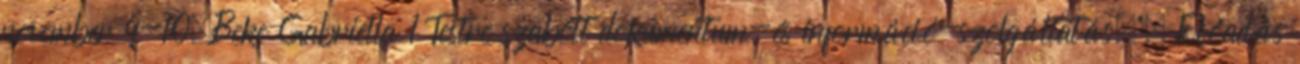
november 9-10.Beke Gabriella 1 Testre szabott dokumentum-és információ-szolgáltatás."— Előadás